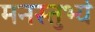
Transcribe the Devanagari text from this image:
मनस्तुभ्यं